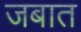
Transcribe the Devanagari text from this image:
जबात